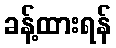
ခန့်ထားရန်